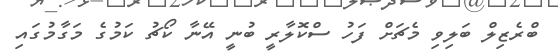
ބްރެޒިލް ބަލިވި މެޗަށް ފަހު ސްކޮލާރީ ބުނީ އޭނާ ކޯޗު ކަމުގެ މަގާމުގައި